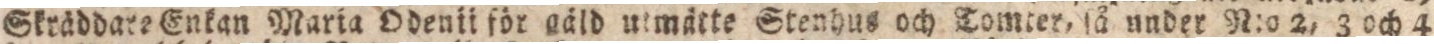
Skräddare Enkan Maria Odenli för gäld utmätte Stenhus och Tomter, ſå under N:o 2, 3 och 4